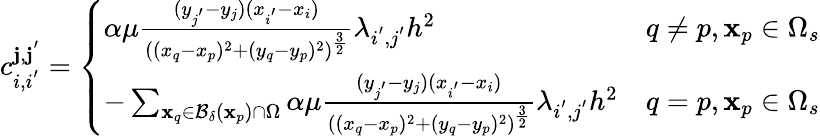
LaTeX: c_{i,i^{'}}^{\mathbf{j},\mathbf{j}^{'}}=\left\{ \begin{array}{ll}{\alpha\mu\frac{(y_{j^{'}}-y_{j})(x_{i^{'}}-x_{i})}{((x_{q}-x_{p})^{2}+(y_{q}-y_{p})^{2})^{\frac{3}{2}}}\lambda_{i^{'},j^{'}}h^{2}}&{q\neq p,\mathbf{x}_{p}\in\Omega_{s}}\\ {-\sum_{\mathbf{x}_{q}\in\mathcal{B_{\delta}}(\mathbf{x}_{p})\cap\Omega}\alpha\mu\frac{(y_{j^{'}}-y_{j})(x_{i^{'}}-x_{i})}{((x_{q}-x_{p})^{2}+(y_{q}-y_{p})^{2})^{\frac{3}{2}}}\lambda_{i^{'},j^{'}}h^{2}}&{q=p,\mathbf{x}_{p}\in\Omega_{s}}\end{array}\right.